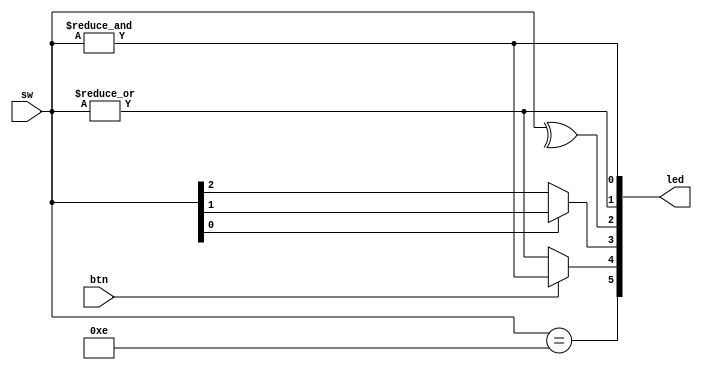
module top(input [3:0] sw, input btn, output [5:0] led);
	
assign led[0] = &sw;
assign led[1] = |sw;
assign led[2] = ^sw;
assign led[3] = sw[0] ? sw[1] : sw[2];
assign led[4] = btn ? &sw : |sw;
assign led[5] = (sw == 4'hE);

endmodule